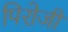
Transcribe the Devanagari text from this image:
पिरोजी